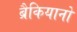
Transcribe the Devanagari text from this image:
ब्रैकियानो